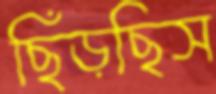
ছিঁড়ছিস